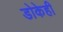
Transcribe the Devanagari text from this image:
डोकेही